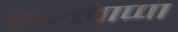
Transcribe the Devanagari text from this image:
मल्लाप्पा